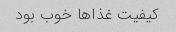
کیفیت غذاها خوب بود